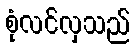
စုံလင်လှသည်